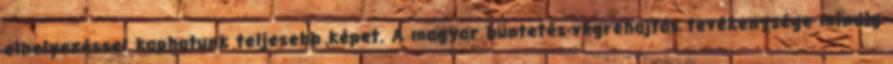
elhelyezéssel kaphatunk teljesebb képet. A magyar büntetés-végrehajtás tevékenysége mindig